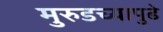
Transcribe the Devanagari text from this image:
मुरुडच्यापुढे